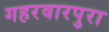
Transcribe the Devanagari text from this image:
गहरवारपुरा